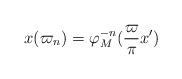
LaTeX: \begin{align*}x(\varpi_n) = \varphi_M^{-n}(\frac\varpi\pi x')\end{align*}